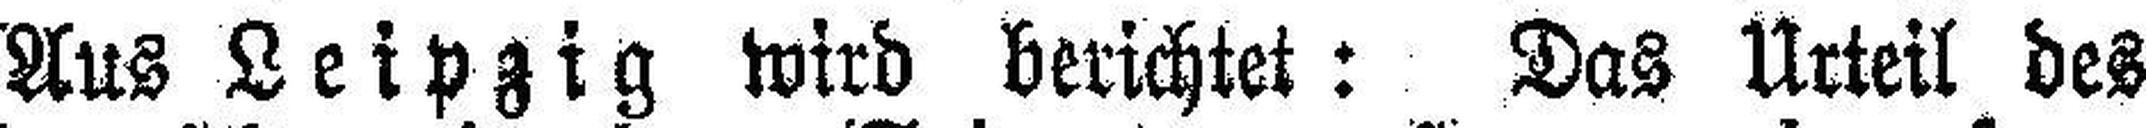
Aus Leipzig wird berichtet: Das Urteil des